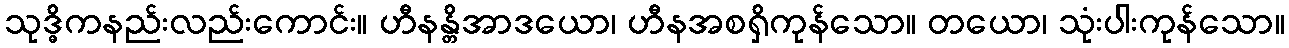
သုဒ္ဓိကနည်းလည်းကောင်း။ ဟီနန္တိအာဒယော၊ ဟီနအစရှိကုန်သော။ တယော၊ သုံးပါးကုန်သော။